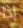
إذا